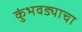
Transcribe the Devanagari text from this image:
कुंभवड्याचा